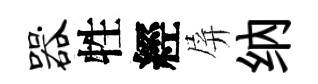
器牲經屏纳